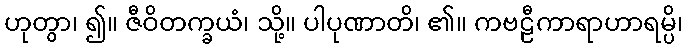
ဟုတွာ၊ ၍။ ဇီဝိတက္ခယံ၊ သို့။ ပါပုဏာတိ၊ ၏။ ကဗဠီကာရာဟာရမ္ပိ၊